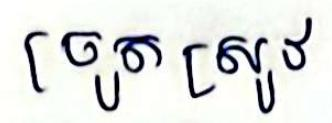
ច្រូតស្រូវ